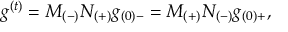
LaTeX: g ^ { ( t ) } = M _ { ( - ) } N _ { ( + ) } g _ { ( 0 ) - } = M _ { ( + ) } N _ { ( - ) } g _ { ( 0 ) + } ,